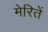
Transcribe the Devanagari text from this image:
मेरितें